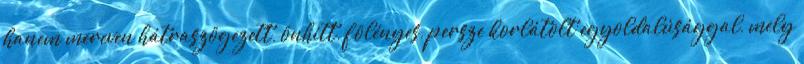
hanem mereven hátraszögezett, önhitt, fölényes, persze korlátolt egyoldalúsággal, mely